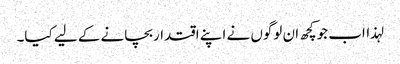
لہذااب جوکچھ ان لوگوں نے اپنے اقتداربچانے کے لیے کیا۔